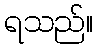
ရသည်။